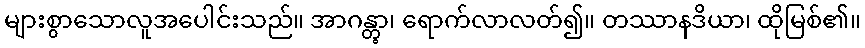
များစွာသောလူအပေါင်းသည်။ အာဂန္တွာ၊ ရောက်လာလတ်၍။ တဿာနဒိယာ၊ ထိုမြစ်၏။